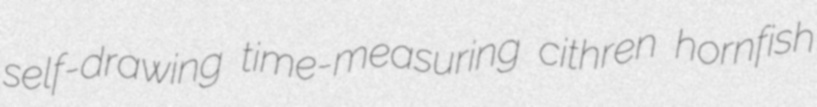
self-drawing time-measuring cithren hornfish